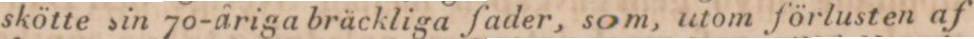
skötte sin 70-åriga bräckliga fader, som, utom förlusten af